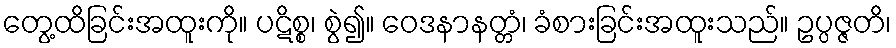
တွေ့ထိခြင်းအထူးကို။ ပဋိစ္စ၊ စွဲ၍။ ဝေဒနာနတ္တံ၊ ခံစားခြင်းအထူးသည်။ ဥပ္ပဇ္ဇတိ၊